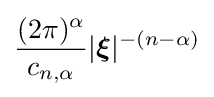
{\frac {(2\pi )^{\alpha }}{c_{n,\alpha }}}|{\boldsymbol {\xi }}|^{-(n-\alpha )}